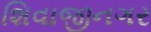
શિવાજીનગર